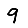
Digit: 9